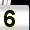
Digit: 5